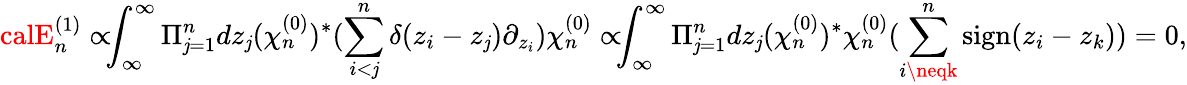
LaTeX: \! \! \! {\calE}_{n}^{(1)}\propto\! \! \! \int_{\infty}^{\infty}\Pi_{\mathit{j}=1}^{n}dz_{\mathit{j}}(\chi_{n}^{(0)})^{*}(\sum_{i<\mathit{j}}^{n}\delta(z_{i}-z_{\mathit{j}})\partial_{z_{i}})\chi_{n}^{(0)}\propto\! \! \! \int_{\infty}^{\infty}\Pi_{\mathit{j}=1}^{n}dz_{\mathit{j}}(\chi_{n}^{(0)})^{*}\chi_{n}^{(0)}(\sum_{i\neqk}^{n}\mathrm{{sign}}(z_{i}-z_{k}))=0,